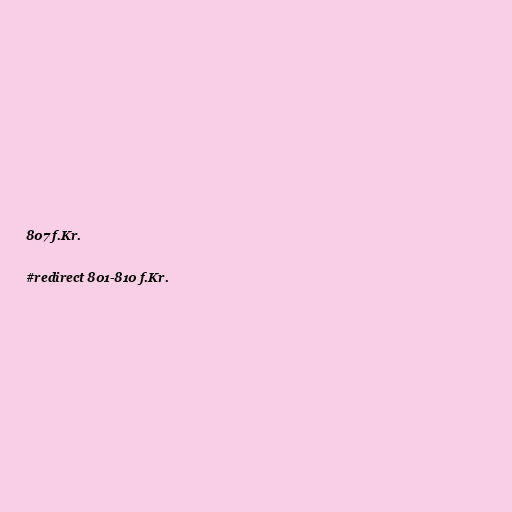
807 f.Kr.

#redirect 801-810 f.Kr.